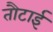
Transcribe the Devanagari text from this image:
तौटाई